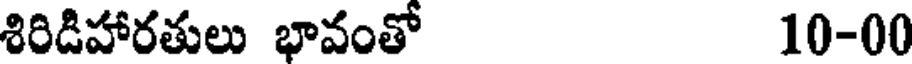
శిరిడిహారతులు భావంతో 10-00